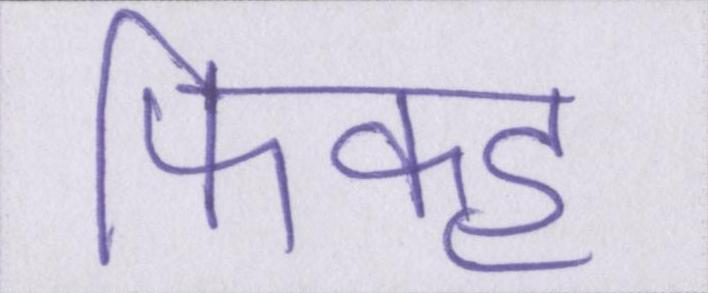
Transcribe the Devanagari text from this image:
फिक्ह